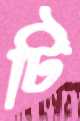
টি